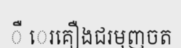
ឺ េរគឿងជរមុញចត